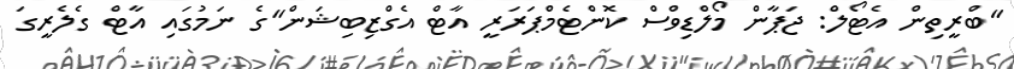
"ބްރީތިން އެޓޯލް: ޖަޕާން މޯލްޑިވްސް ކޮންޓެމްޕަރަރީ އާޓް އެގްޒިބިޝަން"ގެ ނަމުގައި އާޓް ގެލެރީގަ